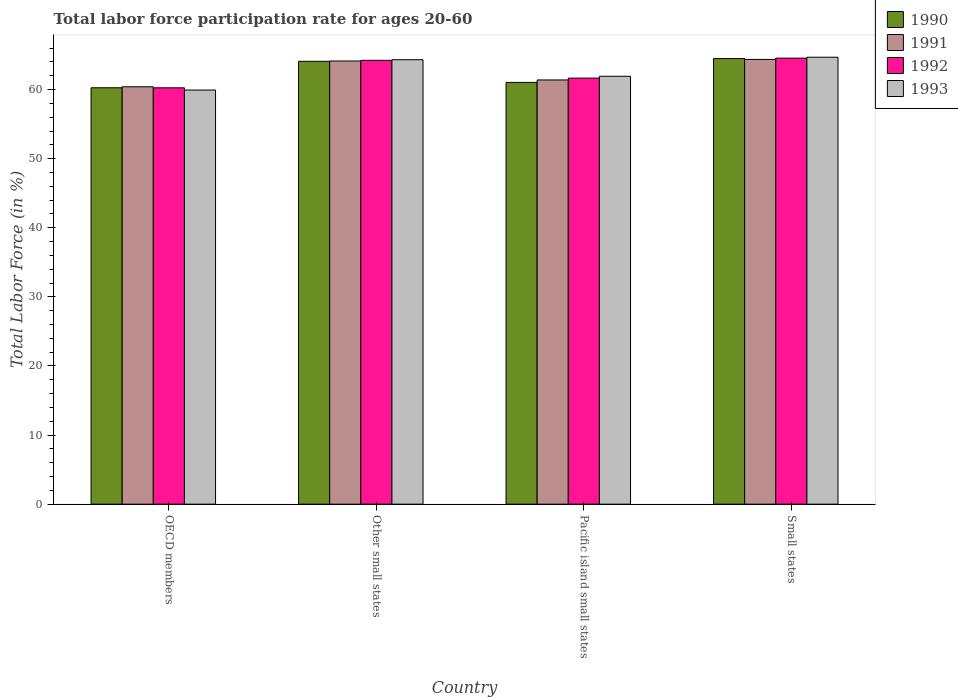
| Country | 1990 | 1991 | 1992 | 1993 |
 | --- | --- | --- | --- | --- |
 | OECD members | 60.3 | 60.4 | 60.3 | 59.9 |
 | Other small states | 64.1 | 64.1 | 64.2 | 64.3 |
 | Pacific island small states | 61 | 61.4 | 61.7 | 61.9 |
 | Small states | 64.5 | 64.4 | 64.6 | 64.7 |